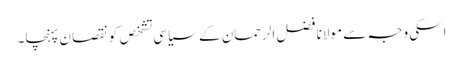
اسکی وجہ سے مولانا فضل الرحمان کے سیاسی تشخص کو نقصان پہنچا۔